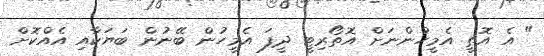
" އެ އޮތީ އެމީހުންނަށް އޮތޯރިޓީ ދީފަ އެމީހުން ބޭނުން ބަޔަކާއި އެއްކޮށް